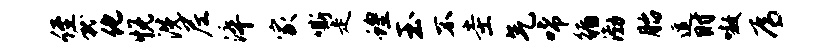
侄就化悦洗尼淬家嘶走蝗玉不圭气唏循渤胎逗时嗷焉